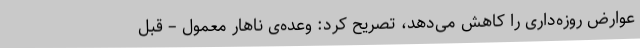
عوارض روزه‌داری را کاهش می‌دهد، تصریح کرد: وعده‌ی ناهار معمول – قبل